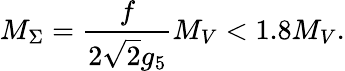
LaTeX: M_{\Sigma}=\frac{f}{2\sqrt 2g_{5}}M_{V}<1.8M_{V}.